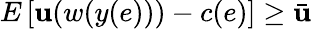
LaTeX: E\left[\mathbf{u}(w(y(e)))-c(e)\right]\geq{\bar{{\mathbf{u}}}}